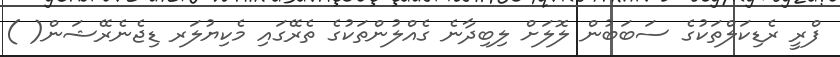
ފްރީ ރެޑިކަލްތަކުގެ ސަބަބުން ލޮލަށް ލިބިދާނެ ގެއްލުންތަކުގެ ތެރޭގައި މެކިޔުލަރ ޑިޖެނެރޭޝަން( )